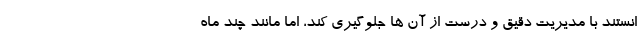
انستند با مدیریت دقیق و درست از آن ها جلوگیری کند، اما مانند چند ماه